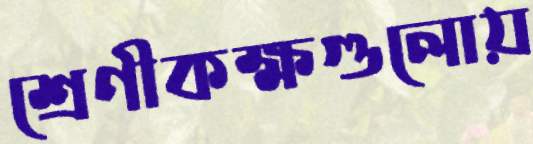
শ্রেণীকক্ষগুলোয়